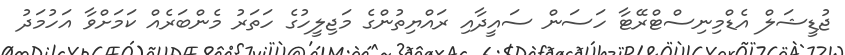
ޖުޑީޝަލް އެޑްމިނިސްޓްރޭޓާ ހަސަން ސައީދާއި ރައްޔިތުންގެ މަޖިލީހުގެ ހަތަރު މެންބަރެއް ކަމަށްވާ އަހުމަދު